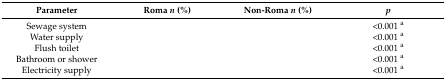
<table><thead><tr><td><b>Parameter</b></td><td><b>Roma <i>n</i> (%)</b></td><td><b>Non-Roma <i>n</i> (%)</b></td><td><b><i>p</i></b></td></tr></thead><tbody><tr><td>Sewage system </td><td>[EMPTY_CELL]</td><td>[EMPTY_CELL]</td><td>&lt;0.001 <sup>a</sup></td></tr><tr><td>Water supply </td><td>[EMPTY_CELL]</td><td>[EMPTY_CELL]</td><td>&lt;0.001 <sup>a</sup></td></tr><tr><td>Flush toilet </td><td>[EMPTY_CELL]</td><td>[EMPTY_CELL]</td><td>&lt;0.001 <sup>a</sup></td></tr><tr><td>Bathroom or shower </td><td>[EMPTY_CELL]</td><td>[EMPTY_CELL]</td><td>&lt;0.001 <sup>a</sup></td></tr><tr><td>Electricity supply </td><td>[EMPTY_CELL]</td><td>[EMPTY_CELL]</td><td>&lt;0.001 <sup>a</sup></td></tr></tbody></table>